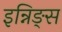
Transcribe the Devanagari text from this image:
इन्निङ्स